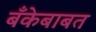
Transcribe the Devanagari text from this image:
बँकेबाबत